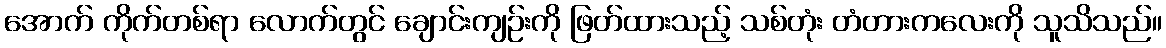
အောက် ကိုက်တစ်ရာ လောက်တွင် ချောင်းကျဉ်းကို ဖြတ်ထားသည့် သစ်တုံး တံတားကလေးကို သူသိသည်။